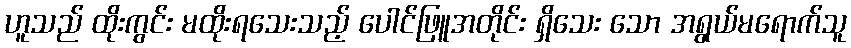
ဟူသည် ထိုးကွင်း မထိုးရသေးသည့် ပေါင်ဖြူအတိုင်း ရှိသေး သော အရွယ်မရောက်သူ